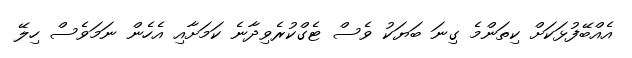
އެއްބޭފުޅަކަށް ކިތަންމެ ގިނަ ބަޔަކު ވެސް ޓެގްކުރެވިދާނެ ކަމަށާއި އެހެން ނަމަވެސް ހިލޭ